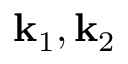
\mathbf { k } _ { 1 } , \mathbf { k } _ { 2 }